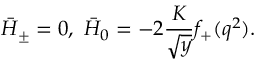
\bar { H } _ { \pm } = 0 , ~ \bar { H } _ { 0 } = - 2 \frac { K } { \sqrt { y } } f _ { + } ( q ^ { 2 } ) .